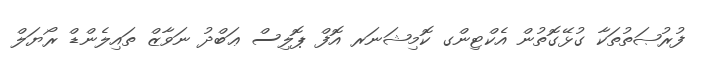
ފުރުޞަތުތަކާ ގުޅޭގޮތުން އެކްޓިންގ ކޮމިޝަނަރ އޮފް ޕޮލިސް ޢަބްދު ނަވާޒް ތައިލެންޑް ރޯޔަލް